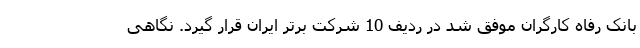
بانک رفاه کارگران موفق شد در ردیف 10 شرکت برتر ایران قرار گیرد. نگاهی